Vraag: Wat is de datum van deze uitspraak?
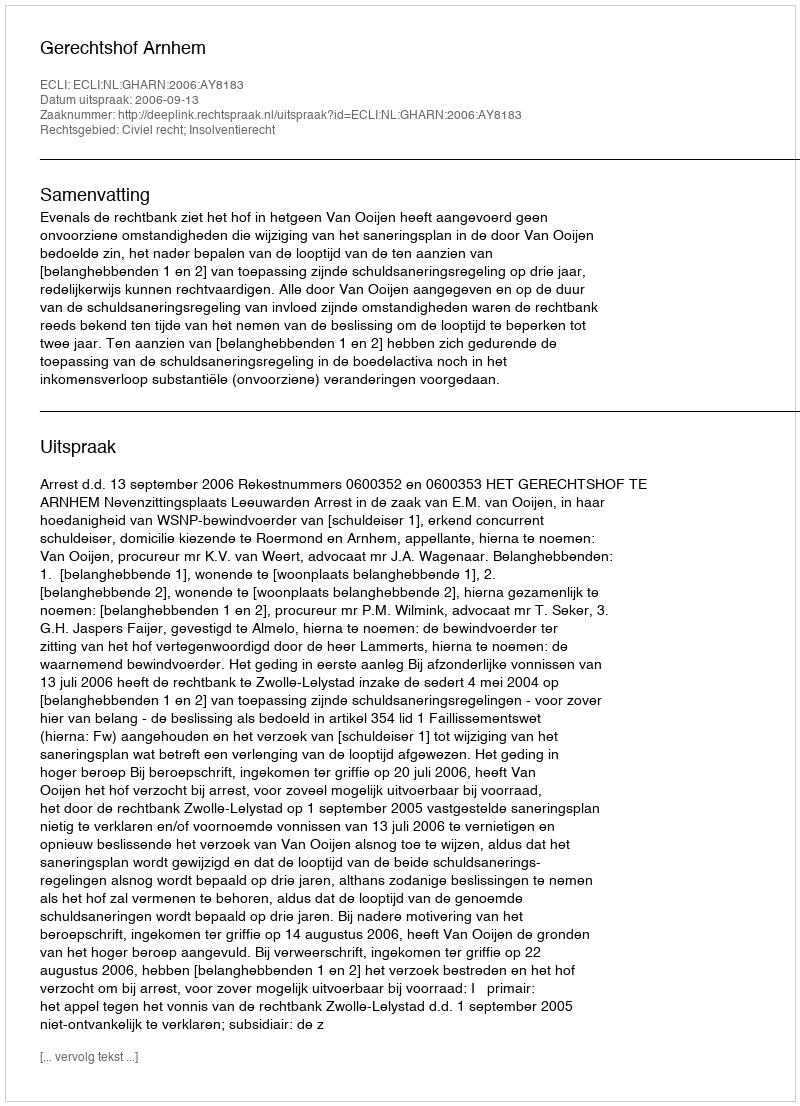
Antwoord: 2006-09-13